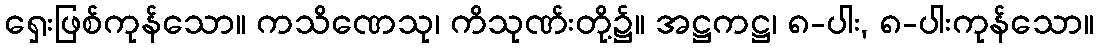
ရှေးဖြစ်ကုန်သော။ ကသိဏေသု၊ ကိသုဏ်းတို့၌။ အဋ္ဌကဋ္ဌ၊ ၈-ပါး, ၈-ပါးကုန်သော။